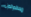
محظوظون